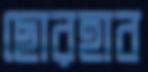
ছোরহাব